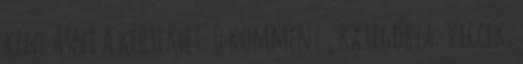
kéne ásni a kertemet. 0 komment , kategória: Viccek,